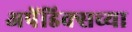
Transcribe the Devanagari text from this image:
अपेंडिक्सच्या